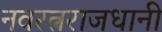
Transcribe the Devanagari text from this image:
नवरत्नराजधानी